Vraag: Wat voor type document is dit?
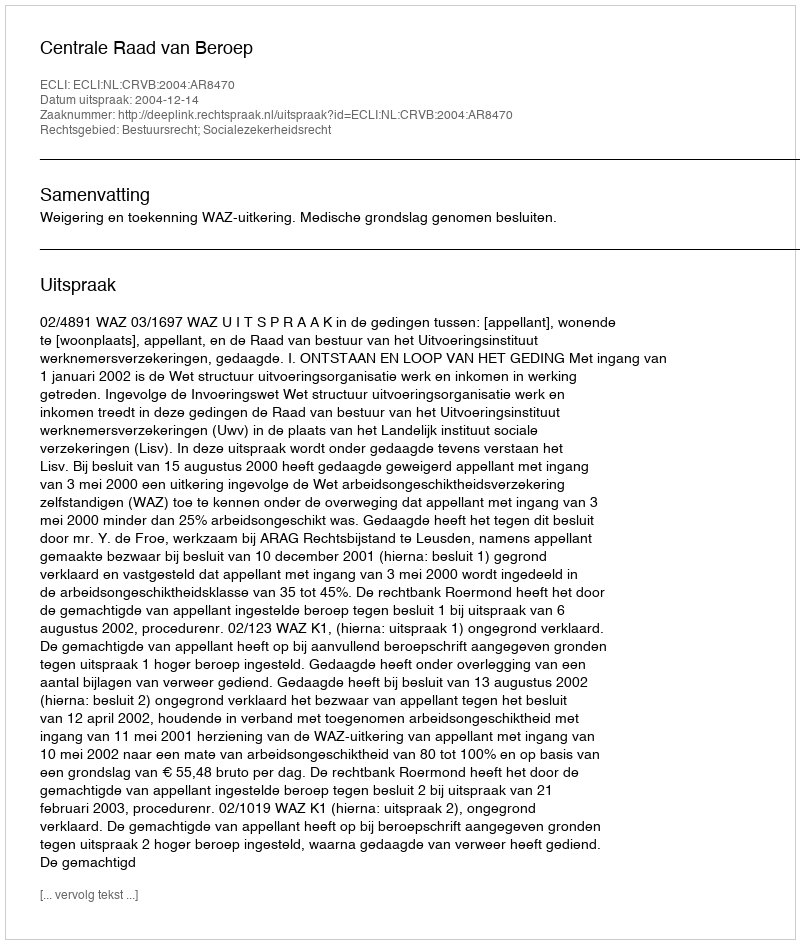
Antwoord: Uitspraak